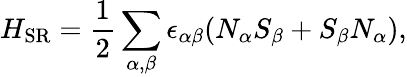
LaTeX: H_{\mathrm{SR}}=\frac{1}{2}\sum_{\alpha,\beta}\epsilon_{\alpha\beta}(N_{\alpha}S_{\beta}+S_{\beta}N_{\alpha}),